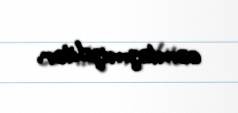
cəmləşmişdilər.